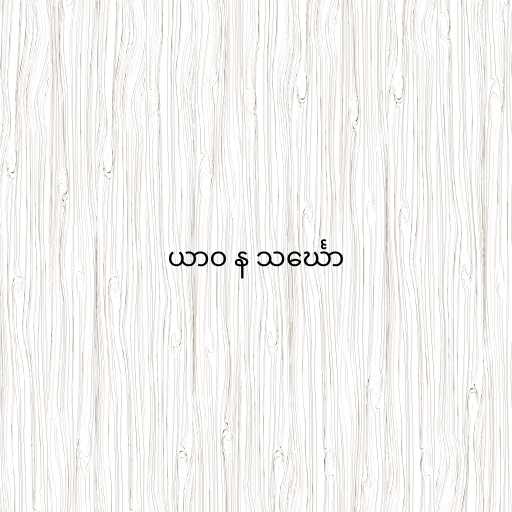
ယာဝ န သင်္ဃော